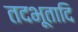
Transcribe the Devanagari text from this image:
तदभूतादि